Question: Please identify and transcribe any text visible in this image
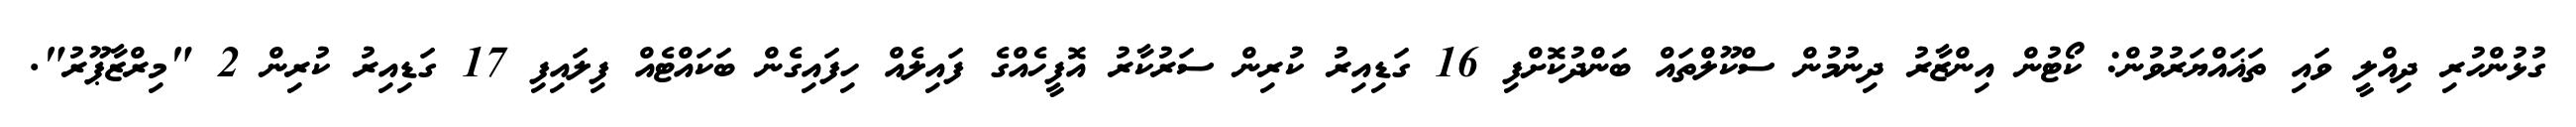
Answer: ގުޅުންހުރި ދިއްލީ ވައި ތަޣައްޔަރުވުން: ކޯޓުން އިންޒާރު ދިނުމުން ސްކޫލްތައް ބަންދުކޮށްފި 16 ގަޑިއިރު ކުރިން ސަރުކާރު އޮފީހެއްގެ ފައިލެއް ހިފައިގެން ބަކައްޓެއް ފިލައިފި 17 ގަޑިއިރު ކުރިން 2 "މިރްޒާޕޫރު".